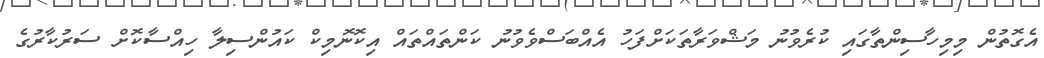
އެގޮތުން މިމިހާސިންތާގައި ކުރެވުނު މަޝްވަރާތަކަށްފަހު އެއްބަސްވެވުނު ކަންތައްތައް އިކޮނޮމިކް ކައުންސިލާ ހިއްސާކޮށް ސަރުކާރުގެ